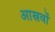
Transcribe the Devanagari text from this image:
आस्रवों